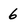
Character: 6